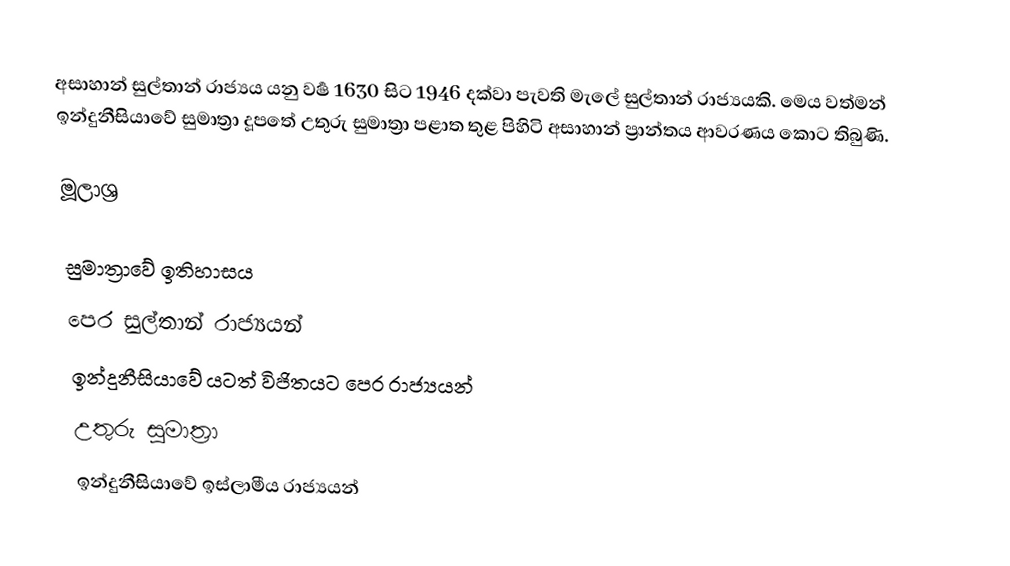
අසාහාන් සුල්තාන් රාජ්‍යය යනු වර්‍ෂ 1630 සිට 1946 දක්වා පැවති මැලේ සුල්තාන් රාජ්‍යයකි. මෙය වත්මන් ඉන්දුනීසියාවේ සුමාත්‍රා දූපතේ උතුරු සුමාත්‍රා පළාත තුළ පිහිටි අසාහාන් ප්‍රාන්තය ආවරණය කොට තිබුණි.

මූලාශ්‍ර

සුමාත්‍රාවේ ඉතිහාසය
පෙර සුල්තාන් රාජ්‍යයන්
ඉන්දුනීසියාවේ යටත් විජිතයට පෙර රාජ්‍යයන්
උතුරු සුමාත්‍රා
ඉන්දුනීසියාවේ ඉස්ලාමීය රාජ්‍යයන්